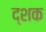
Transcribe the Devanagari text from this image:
द्शक